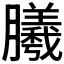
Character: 𣎮